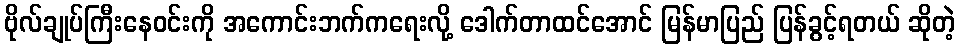
ဗိုလ်ချုပ်ကြီးနေဝင်းကို အကောင်းဘက်ကရေးလို့ ဒေါက်တာထင်အောင် မြန်မာပြည် ပြန်ခွင့်ရတယ် ဆိုတဲ့